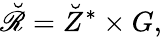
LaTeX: \breve{\mathscr R}=\breve{Z}^{\ast}\times G,